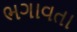
ભગાવતા